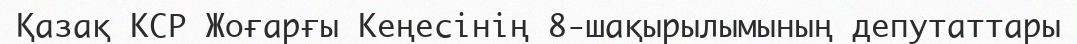
Қазақ КСР Жоғарғы Кеңесінің 8-шақырылымының депутаттары